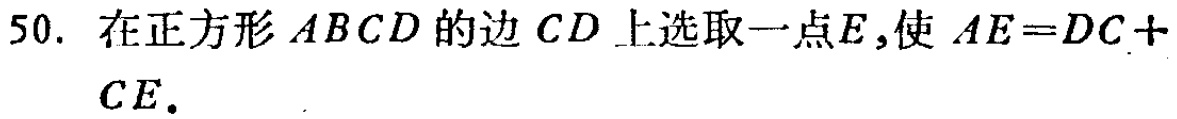
50. 在正方形 \(ABCD\) 的边 \(CD\) 上选取一点 \(E\)，使 \(AE = DC + CE\).